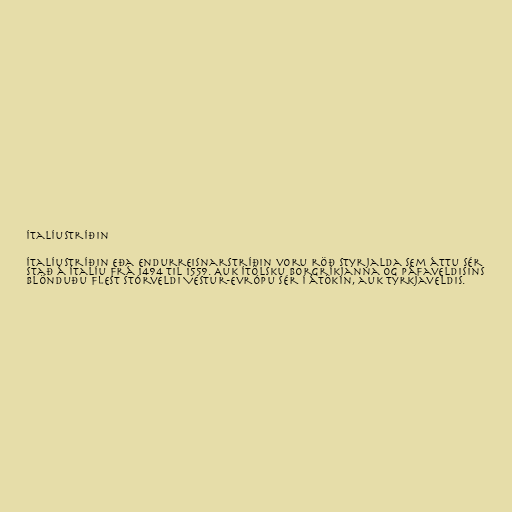
Ítalíustríðin

Ítalíustríðin eða Endurreisnarstríðin voru röð styrjalda sem áttu sér
stað á Ítalíu frá 1494 til 1559. Auk ítölsku borgríkjanna og Páfaveldisins
blönduðu flest stórveldi Vestur-Evrópu sér í átökin, auk Tyrkjaveldis.